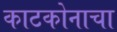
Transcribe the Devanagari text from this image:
काटकोनाचा